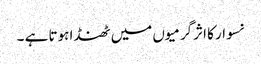
نسوار کا اثرگرمیوں میں ٹھنڈا ہوتا ہے ۔